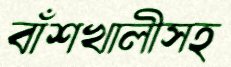
বাঁশখালীসহ